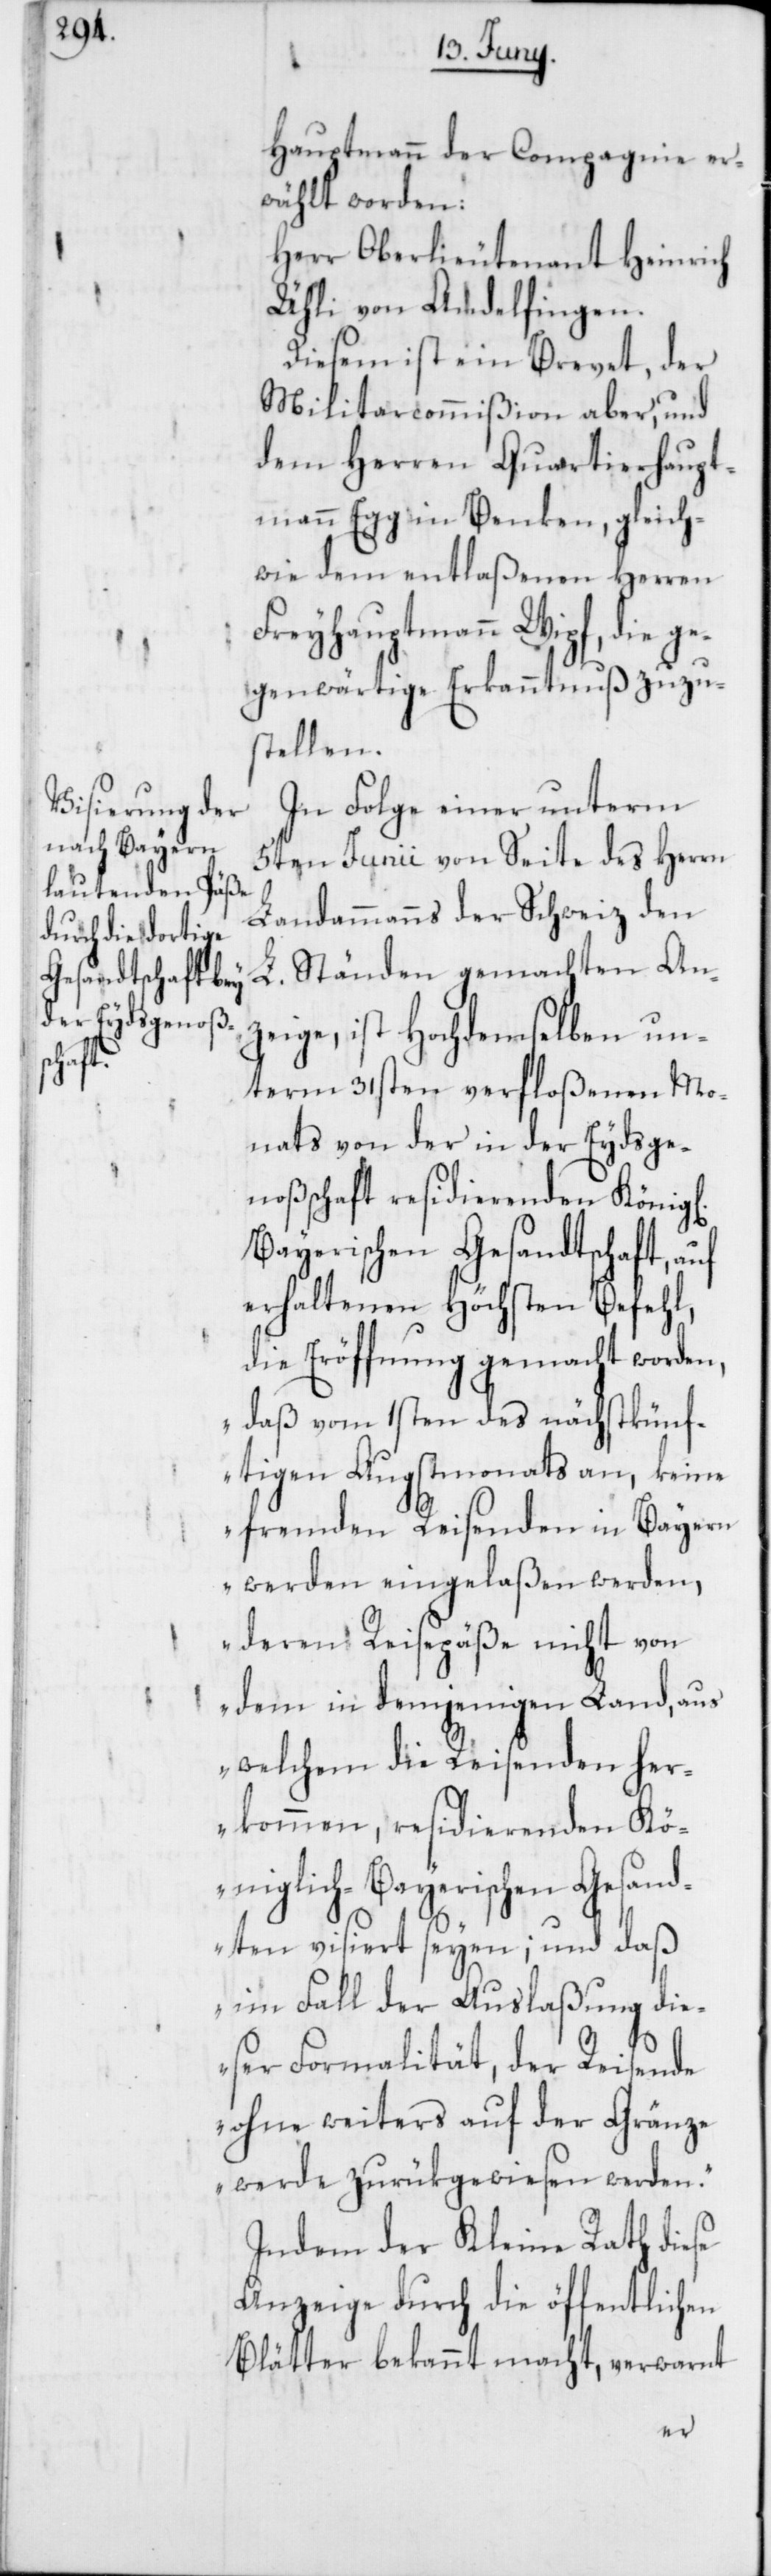
Hauptmann der Compagnie er¬
wählt worden:
Herr Oberlieutenant Heinrich
Ühli von Andelfingen.
Diesem ist ein Brevet, der
Militarcommißion aber, und
dem Herren Quartierhaupt¬
mann Egg in Benken, gleich¬
wie dem entlaßenen Herren
Freyhauptmann Wipf, die ge¬
genwärtige Erkanntnuß zuzu¬
stellen.
In Folge einer unterm
5ten Junii von Seite des Herrn
Landammanns der Schweiz den
L. Ständen gemachten Anz¬
eige, ist Hochdemselben un¬
term 31sten verfloßenen Mo¬
nats von der in der Eydsge¬
noßenschaft residierenden Königl.
Bayerischen Gesandtschaft, auf
erhaltenen Höchsten Befehl,
die Eröffnung gemacht worden,
„daß vom 1sten des nächstkünf¬
tigen Augstmonats an, keine
fremden Reisenden in Bayern
werden eingelaßen werden,
deren Reisepäße nicht von
dem in demjenigen Land, aus
welchem die Reisenden her¬
kommen, residierenden Kö¬
niglich-Bayerischen Gesand¬
ten visiert seyen; und daß
im Fall der Auslaßung die¬
ser Formalität, der Reisende
ohne weiters auf der Gränze
werde zurükgewiesen werden.“
Indem der Kleine Rath diese
Anzeige durch die öffentlichen
Blätter bekannt macht, verwarnt